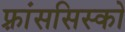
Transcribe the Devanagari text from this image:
फ़्रांससिस्को